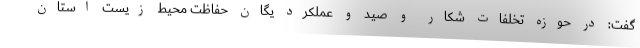
گفت: در حوزه تخلفات شکار و صید و عملکرد یگان حفاظت محیط زیست استان